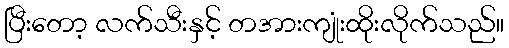
ပြီးတော့ လက်သီးနှင့် တအားကျုံးထိုးလိုက်သည်။